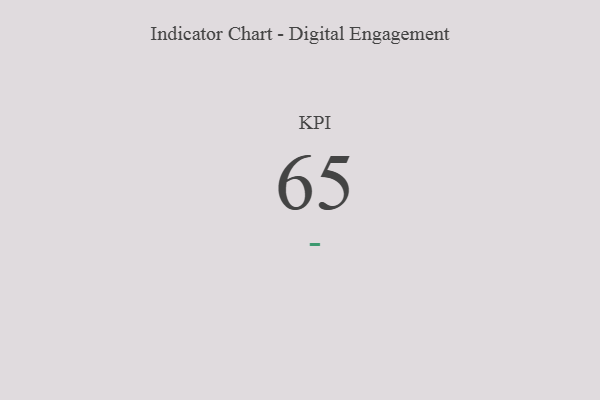
{"axis": {"x": "KPI", "y": "Value"}, "legend": [""], "data": [{"x": "KPI", "y": 65, "type": ""}]}